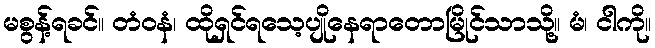
မစွန့်ရခင်။ တံဝနံ၊ ထိုရှင်ရသေ့ပျိုနေရာတောမြိုင်သာသို့။ မံ၊ ငါကို။